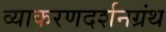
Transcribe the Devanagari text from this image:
व्याकरणदर्शनग्रंथ